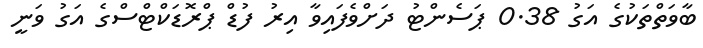
ބާވަތްތަކުގެ އަގު 0.38 ޕަސެންޓު ދަށްވެފައިވާ އިރު ފުޑް ޕްރޮޑަކްޓްސްގެ އަގު ވަނީ